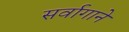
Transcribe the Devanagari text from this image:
सर्वागाने